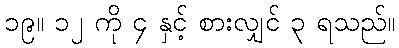
၁၉။ ၁၂ ကို ၄ နှင့် စားလျှင် ၃ ရသည်။